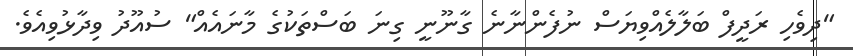
"ދިވެހި ރަދީފް ބަލާލެއްވިޔަސް ނުފެންނާނެ ގާނޫނީ ގިނަ ބަސްތަކުގެ މާނައެއް" ސުއޫދު ވިދާޅުވިއެވެ.